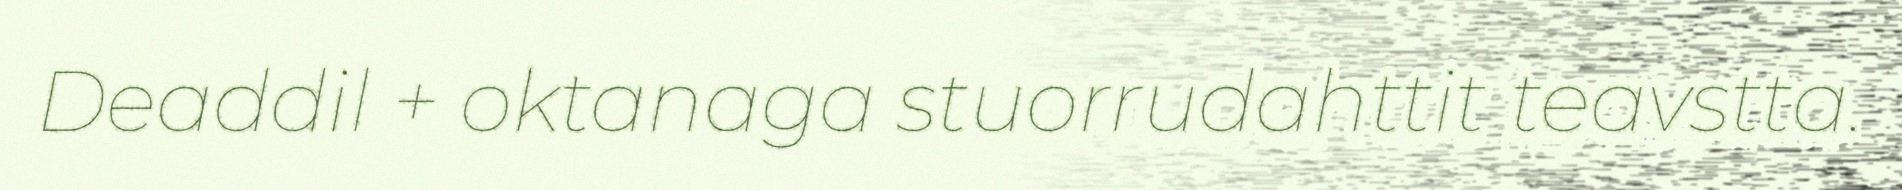
Deaddil + oktanaga stuorrudahttit teavstta.